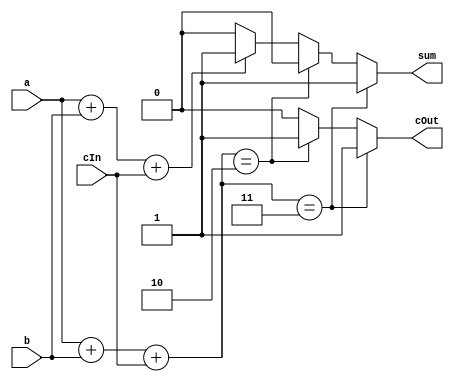
/*
   This file was generated automatically by the Mojo IDE version B1.3.6.
   Do not edit this file directly. Instead edit the original Lucid source.
   This is a temporary file and any changes made to it will be destroyed.
*/

module fulladder_1 (
    input a,
    input b,
    input cIn,
    output reg sum,
    output reg cOut
  );
  
  
  
  always @* begin
    sum = 1'h0;
    cOut = 1'h0;
    if (a + b + cIn == 1'h0) begin
      sum = 1'h0;
      cOut = 1'h0;
    end
    if (a + b + cIn == 1'h1) begin
      sum = 1'h1;
      cOut = 1'h0;
    end
    if (a + b + cIn == 2'h2) begin
      sum = 1'h0;
      cOut = 1'h1;
    end
    if (a + b + cIn == 2'h3) begin
      sum = 1'h1;
      cOut = 1'h1;
    end
  end
endmodule